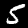
Digit: 5